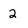
Character: 2